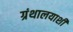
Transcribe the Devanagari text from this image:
ग्रंथालयाशी